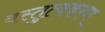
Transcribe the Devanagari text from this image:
वस्तुत्वकरण